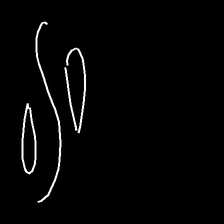
Glyph: water